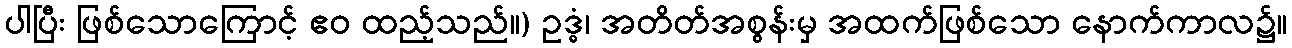
ပါပြီး ဖြစ်သောကြောင့် ဧဝ ထည့်သည်။) ဥဒ္ဓံ၊ အတိတ်အစွန်းမှ အထက်ဖြစ်သော နောက်ကာလ၌။